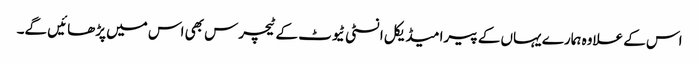
اس کے علاوہ ہمارے یہاں کے پیرا میڈیکل انسٹی ٹیوٹ کے ٹیچرس بھی اس میں پڑھائیں گے۔